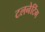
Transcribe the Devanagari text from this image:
टलनेटिंग